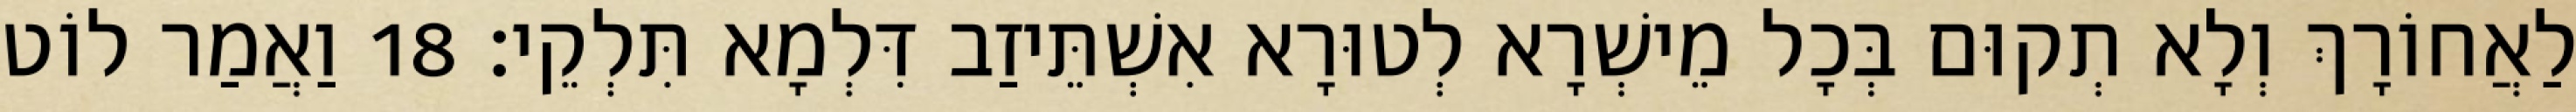
לַאֲחוֹרָךְ וְלָא תְקוּם בְּכָל מֵישְׁרָא לְטוּרָא אִשְׁתֵּיזַב דִּלְמָא תִּלְקֵי׃ 18 וַאֲמַר לוֹט